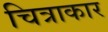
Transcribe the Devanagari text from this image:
चित्राकार